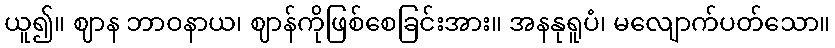
ယူ၍။ ဈာန ဘာဝနာယ၊ ဈာန်ကိုဖြစ်စေခြင်းအား။ အနနုရူပံ၊ မလျောက်ပတ်သော။